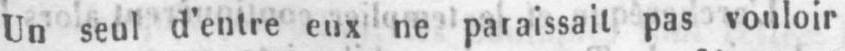
Un seul d’entre eux ne paraissait pas vouloir